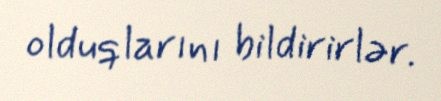
olduqlarını bildirirlər.